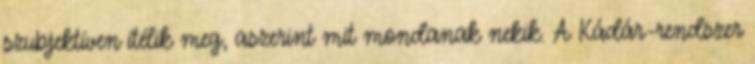
szubjektíven ítélik meg, aszerint mit mondanak nekik. A Kádár-rendszer